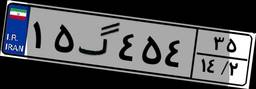
۴۸گ۰۷۴۴۴